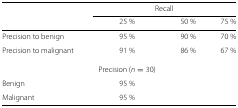
|  | <COLSPAN=3> Recall |
 |  | 25 % | 50 % | 75 % |
 | --- | --- | --- | --- |
 | Precision to benign | 95 % | 90 % | 70 % |
 | Precision to malignant | 91 % | 86 % | 67 % |
 |  | Precision (n=30) |  |  |
 | Benign | 95 % |  |  |
 | Malignant | 95 % |  |  |